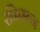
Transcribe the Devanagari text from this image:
रनिगन्ज